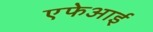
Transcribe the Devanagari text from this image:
एफेआई